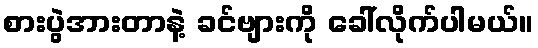
စားပွဲအားတာနဲ့ ခင်ဗျားကို ခေါ်လိုက်ပါမယ်။